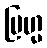
ဗြဟ္မ